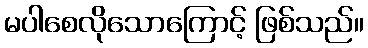
မပါစေလိုသောကြောင့် ဖြစ်သည်။